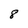
Character: 8